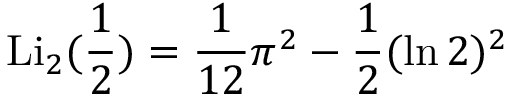
\operatorname { L i } _ { 2 } ( { \frac { 1 } { 2 } } ) = { \frac { 1 } { 1 2 } } \pi ^ { 2 } - { \frac { 1 } { 2 } } ( \ln 2 ) ^ { 2 }